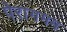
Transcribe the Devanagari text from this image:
पेरागमम